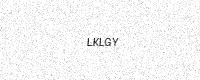
Text: LKLGY